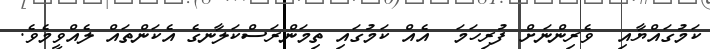
ކަމުގައްޔާއި  ވެރިންނަށް ފުރިހަމަ  އެއް ކަމުގައި ތިމަންރަސްކަލާނގެ އެކަންތައް ލެއްވީމެވެ.